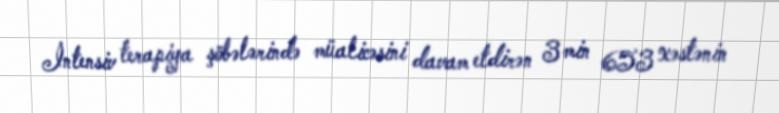
İntensiv terapiya şöbələrində müalicəsini davam etdirən 3 min 653 xəstənin